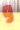
و